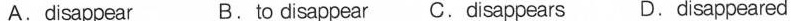
A.disappear B.to disappear C.Disappears D.disappeared